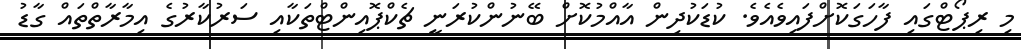
މި ރިޕޯޓްގައި ފާހަގަކޮށްފައިވެއެވެ. ކުޑަކުދިން އާއްމުކޮށް ބޭނުންކުރަނީ ޗެކްޕޮއިންޓްތަކާއި ސަރުކާރުގެ އިމާރާތްތައް ގާޑު